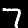
Label: 7